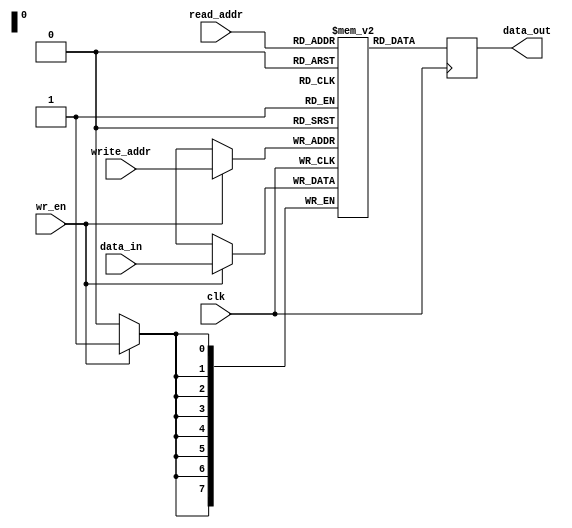
module dual_port_register_file (
    input wire clk,
    input wire [7:0] read_addr,
    input wire [7:0] write_addr,
    input wire [7:0] data_in,
    input wire wr_en,
    output reg [7:0] data_out
);

reg [7:0] memory [0:255]; // Implementing memory blocks for register file

always @ (posedge clk) begin
    if (wr_en) begin
        memory[write_addr] <= data_in; // Writing data into register file
    end
    data_out <= memory[read_addr]; // Reading data from register file
end

endmodule